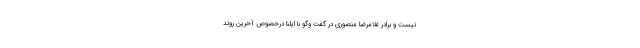
نیست و برادر غلامرضا منصوری در گفت وگو با ایلنا درخصوص آخرین روند